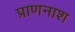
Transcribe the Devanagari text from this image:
प्राणनाश